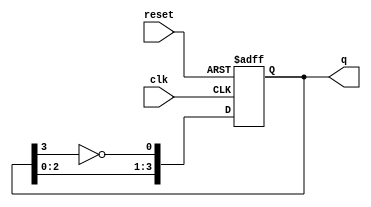
module johnson_counter (
    input wire clk,       // Clock input
    input wire reset,     // Asynchronous reset
    output reg [3:0] q    // 4-bit output
);

always @(posedge clk or posedge reset) begin
    if (reset) begin
        // Initialize to 0000 on reset
        q <= 4'b0000;
    end else begin
        // Johnson counter logic
        // The first flip-flop takes the inverted output of the last flip-flop
        // The other flip-flops take the value of the previous flip-flop
        q[0] <= ~q[3];   // Invert the last flip-flop's output
        q[1] <= q[0];    // Shift from first to second
        q[2] <= q[1];    // Shift from second to third
        q[3] <= q[2];    // Shift from third to last
    end
end

endmodule